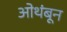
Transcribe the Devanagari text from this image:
ओथंबून